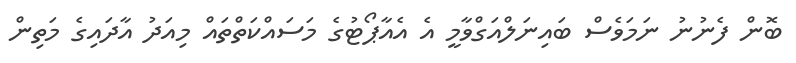
ބޮން ފެނުނު ނަމަވެސް ބައިނަލްއަގްވާމީ އެ އެއާޕޯޓުގެ މަސައްކަތްތައް މިއަދު އާދައިގެ މަތިން